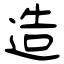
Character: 造